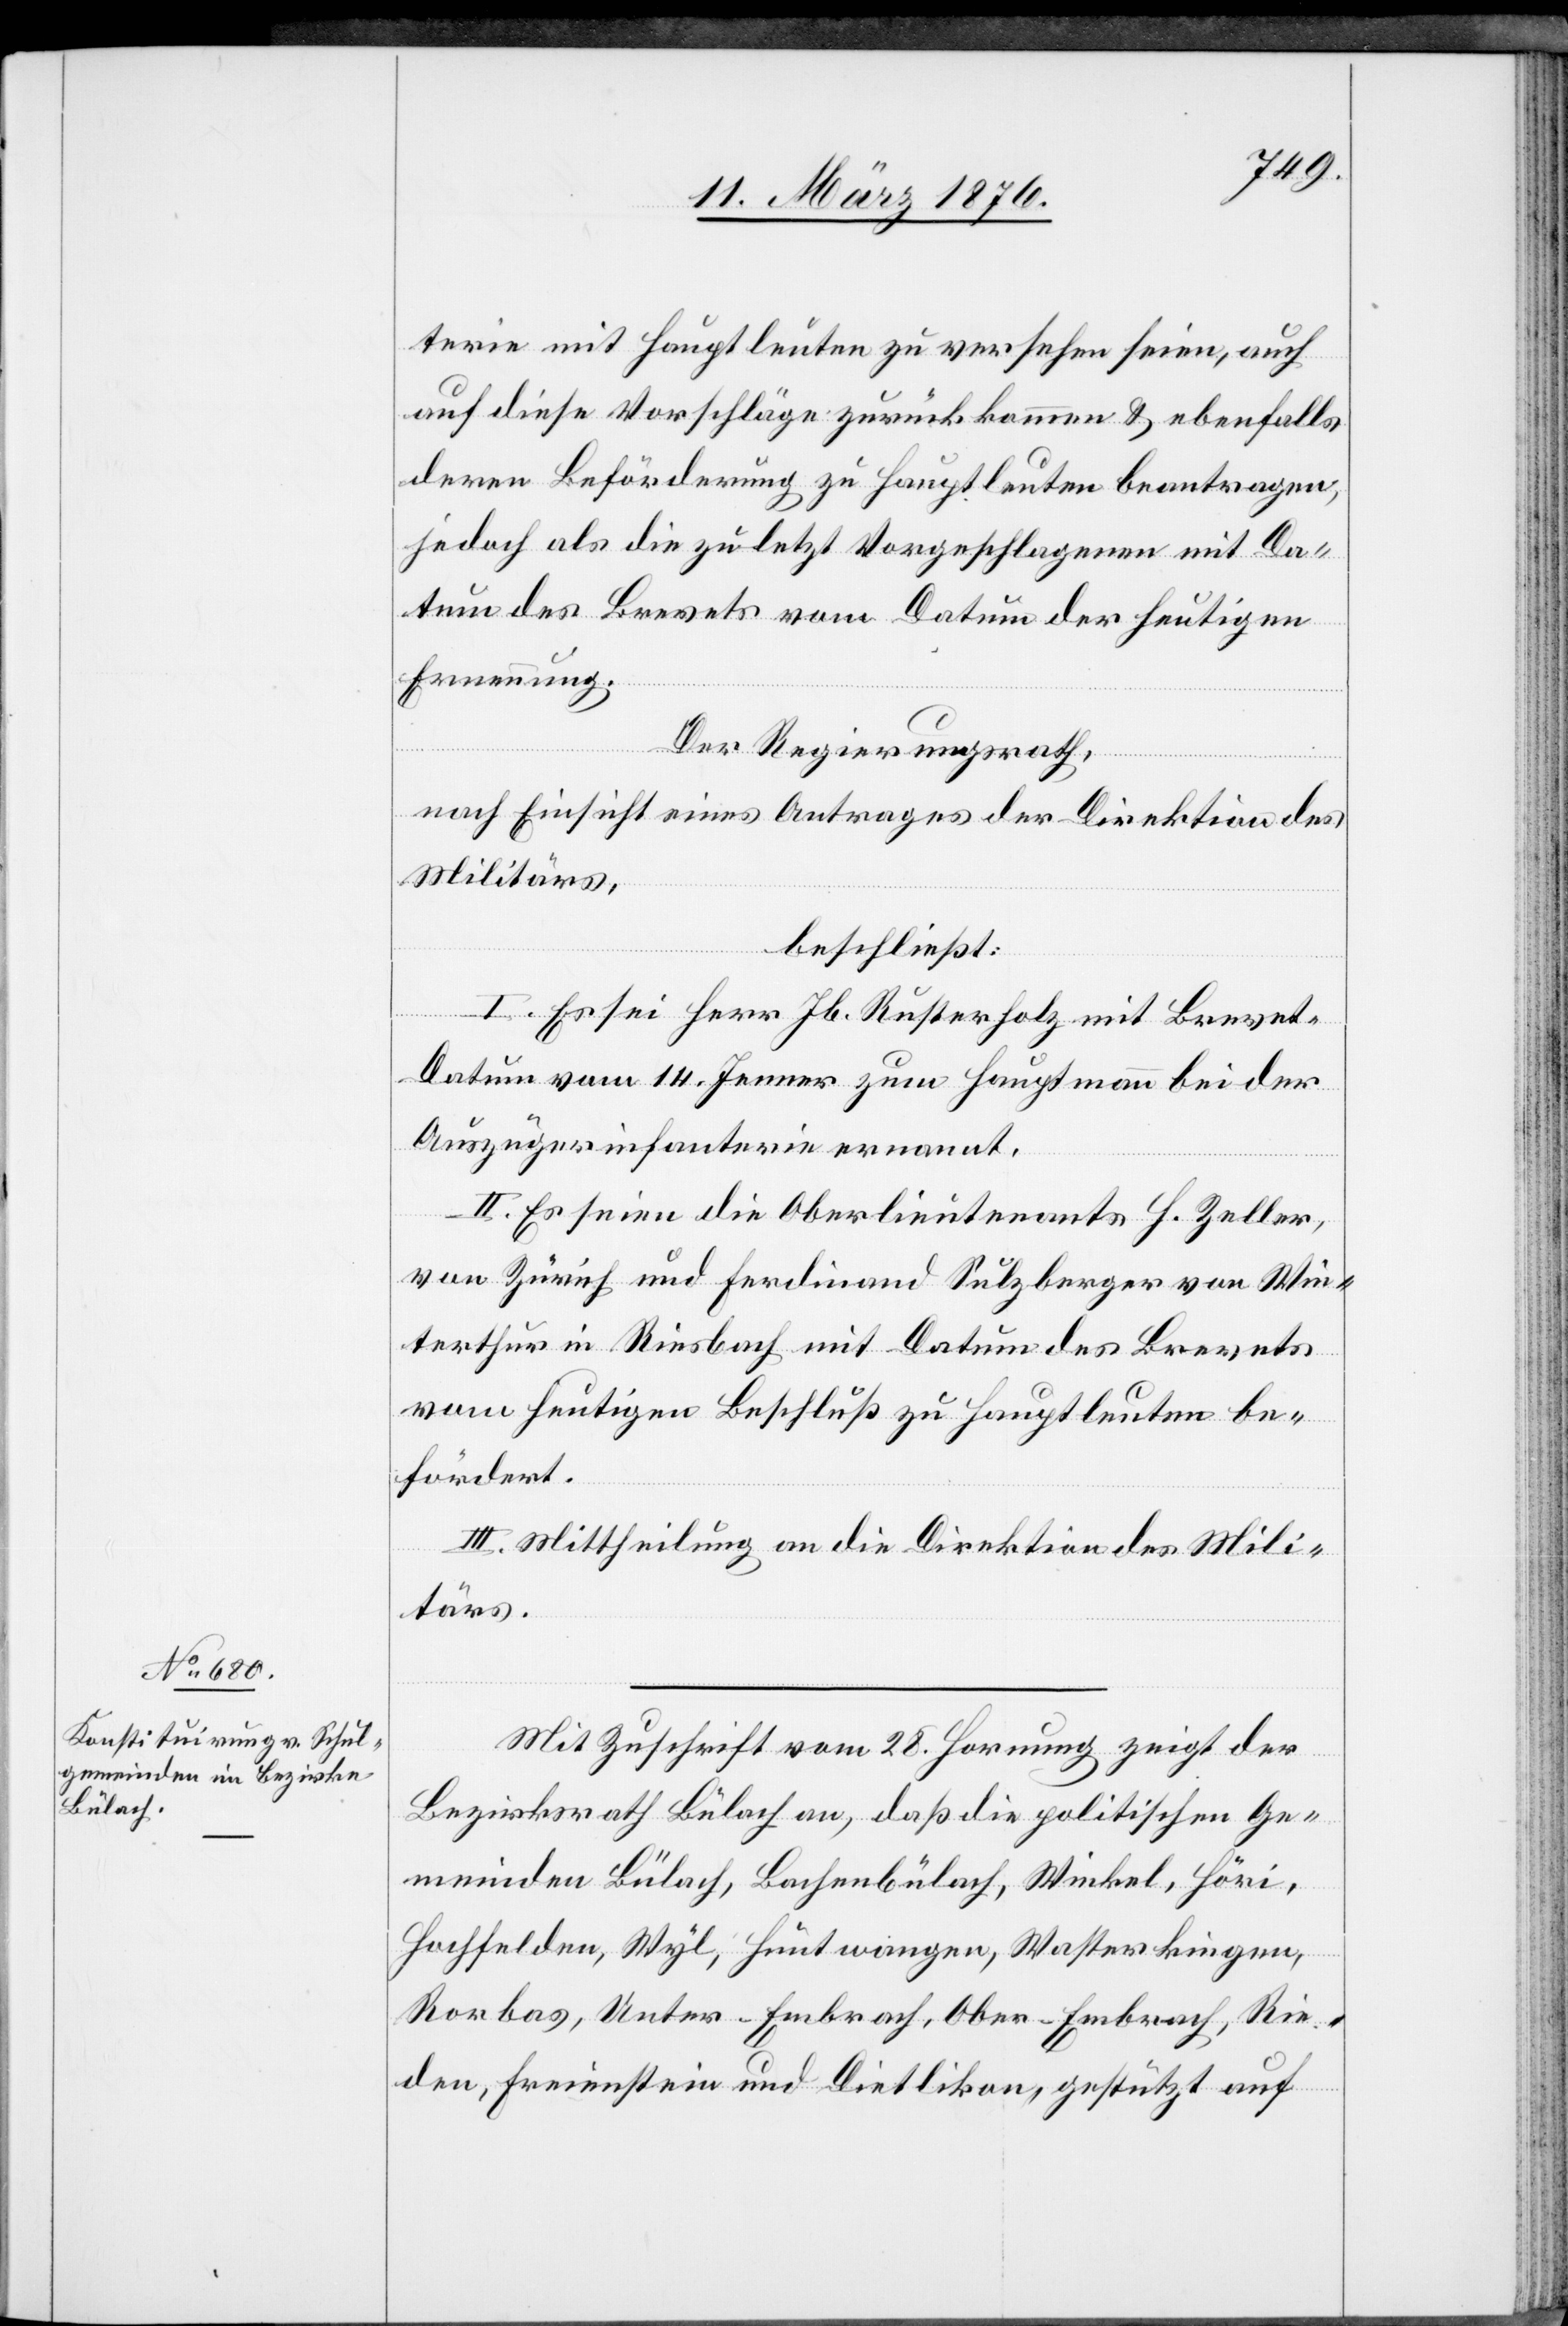
terie mit Hauptleuten zu versehen seien, auch
auf diese Vorschläge zurückkommen & ebenfalls
deren Beförderung zu Hauptleuten beantragen,
jedoch als die zuletzt Vorgeschlagenen mit Da¬
tum des Brevets vom Datum der heutigen
Ernennung.
Der Regierungsrath,
nach Einsicht eines Antrages der Direktion des
Militärs,
beschließt:
I. Es sei Herr Jb. Rusterholz mit Brevet-D¬
atum vom 14. Jenner zum Hauptmann bei der
Auszügerinfanterie ernannt.
II. Es seien die Oberlieutenants H. Zeller,
von Zürich und Ferdinand Sulzberger von Win¬
terthur in Riesbach mit Datum des Brevets
vom heutigen Beschluß zu Hauptleuten be¬
fördert.
III. Mittheilung an die Direktion des Mili¬
tärs.
Mit Zuschrift vom 28. Hornung zeigt der
Bezirksrath Bülach an, daß die politischen Ge¬
meinden Bülach, Bachenbülach, Winkel, Höri,
Hochfelden, Wyl, Hüntwangen, Wasterkingen,
Rorbas, Unter-Embrach, Ober-Embrach, Rie¬
den, Freienstein und Dietlikon, gestützt auf